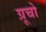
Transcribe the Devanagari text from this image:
ग्रूचो